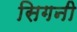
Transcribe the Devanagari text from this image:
सिगनी